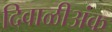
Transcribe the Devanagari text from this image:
दिवाळीअंक